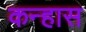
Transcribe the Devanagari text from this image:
कन्हास